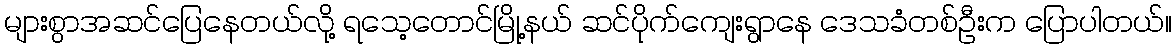
များစွာအဆင်ပြေနေတယ်လို့ ရသေ့တောင်မြို့နယ် ဆင်ပိုက်ကျေးရွာနေ ဒေသခံတစ်ဦးက ပြောပါတယ်။